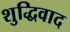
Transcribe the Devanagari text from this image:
शुद्धिवाद